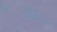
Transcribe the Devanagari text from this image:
बायथलन